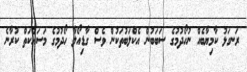
ރަނގަޅު ކާމިޔާބެއް ނުހޯދުމުގެ ސަބަބުން އެކްލަބުތަކުން ވެސް ގާޑިއޯލާ ހޯދުމުގެ މަސައްކަތް ކުރާނެ